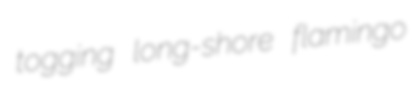
togging long-shore flamingo